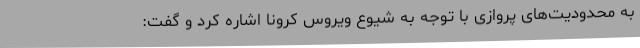
به محدودیت‌های پروازی با توجه به شیوع ویروس کرونا اشاره کرد و گفت: